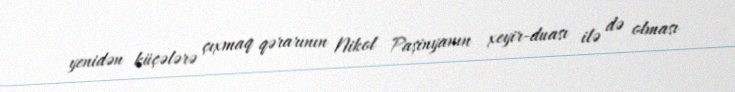
yenidən küçələrə çıxmaq qərarının Nikol Paşinyanın xeyir-duası ilə də olması